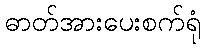
ဓာတ်အားပေးစက်ရုံ